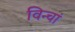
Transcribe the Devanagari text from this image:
विन्चां